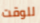
للوقت